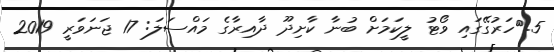
5.	ހަރުގޭގައި ވޯޓު ލީކަމަށް ބުނާ ކާށިދޫ ދާއިރާގެ މައްސަލަ: 17 ޖަނަވަރީ 2019